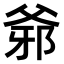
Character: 𤕓